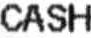
CASH